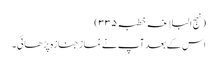
(نہج البلاغہ خطبہ ۳۳۵)
اس کے بعد آپ نے نماز جنازہ پڑھائی۔